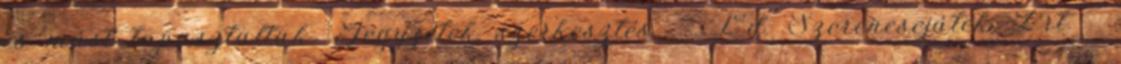
és mást tapasztaltak. Jegyzetek szerkesztés ↑ Ld. Szerencsejáték Zrt. ↑